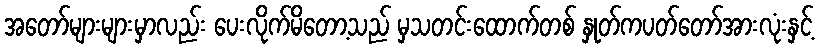
အတော်များများမှာလည်း ပေးလိုက်မိတော့သည် မှသတင်းထောက်တစ် နှုတ်ကပတ်တော်အားလုံးနှင့်